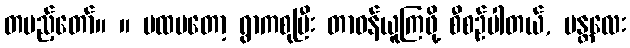
တပည့်တော်။ ။ ပထမတော့ ရွာကစုပြီး တာဝန်ယူကြဖို့ စီစဉ်ပါတယ်, မန္တလေး